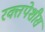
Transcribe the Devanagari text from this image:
रक्तपेशीस